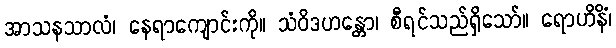
အာသနသာလံ၊ နေရာကျောင်းကို။ သံဝိဒဟန္တော၊ စီရင်သည်ရှိသော်။ ရောဟိနိံ၊